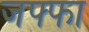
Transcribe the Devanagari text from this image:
जफ्फा